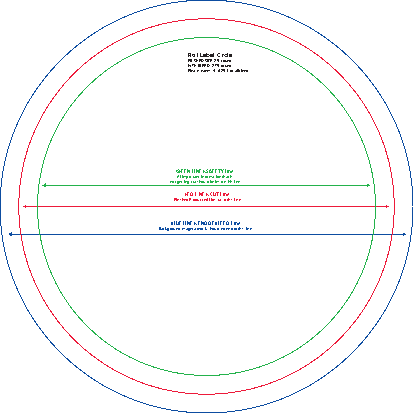
Rol Label Crcle
 FWPI lN eTaHSH e B ELeDEa EvSDeIZ 1 E 2 427 55 (0 rr 2oo 5uunn ) dd toal bleed
 not GAgeRl tiEmiE npgNo c L utaI tNn sthE ion i uso dSrm A baeF iEinoT snY dthe L aithn iisse lne
 FinsheRdE PDo LduNctE w iisl CbeU Tu Lt ion eths lne
 BackgrBouLnUdE mLIaNgeE/ aist EwNoDk OhoFu BdL eExEeDn dL itno eths ine